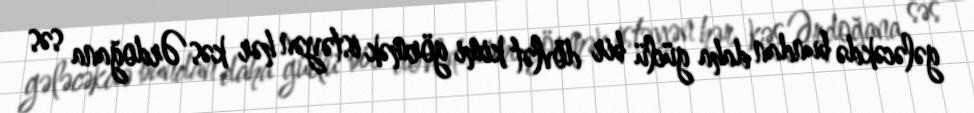
gələcəkdə bundan daha güclü bir dövlət kimi görmək istəyən hər kəs Ərdoğana səs